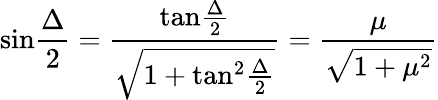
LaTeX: \mathrm{sin}{\frac{\Delta}{2}}={\frac{\mathrm{tan}{\frac{\Delta}{2}}}{\sqrt{1+\mathrm{tan}^{2}{\frac{\Delta}{2}}}}}={\frac{\mu}{\sqrt{1+\mu^{2}}}}